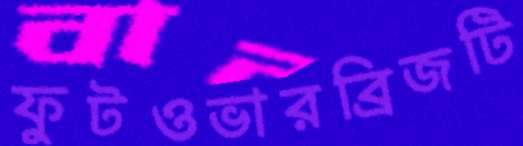
ফুটওভারব্রিজটি